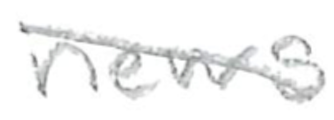
Text: news
Cross-out: mix
Writing tool: pencil